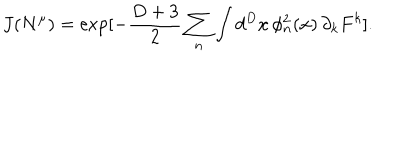
J ( N ^ { \mu } ) = \exp [ - \frac { D + 3 } { 2 } \sum _ { n } \int d ^ { D } x \, \phi _ { n } ^ { 2 } ( x ) \, \partial _ { k } F ^ { k } ] .